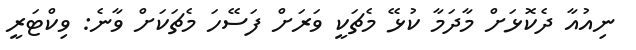
ނިއުއާ ދެކޮޅަށް މާދަމާ ކުޅޭ މެޗަކީ ވަރަށް ފަސޭހަ މެޗަކަށް ވާނެ: ވިކްޓަރީ